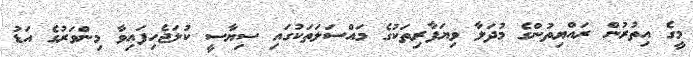
މީގެ އިތުރުން ރައްޔިތުންގެ މުދަލާ ވިޔަފާރިތަކުގެ މައްސަލަތަކުގައި ސިޔާސީ ކުލަޖެހިފައިވާ މިންވަރުގެ އަޑު